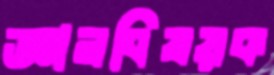
জ্ঞানবিষয়ক